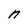
Character: n